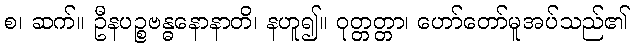
စ၊ ဆက်။ ဦနပဉ္စဗန္ဓနောနာတိ၊ နဟူ၍။ ဝုတ္တတ္တာ၊ ဟော်တော်မူအပ်သည်၏